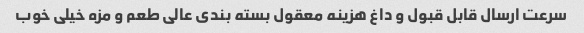
سرعت ارسال قابل قبول و داغ هزینه معقول بسته بندی عالی طعم و مزه خیلی خوب